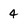
Character: 4